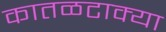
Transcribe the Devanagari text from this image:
कातळटाक्या